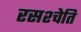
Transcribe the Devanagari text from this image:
रसश्चेति